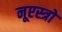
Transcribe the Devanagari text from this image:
नूएस्त्रो